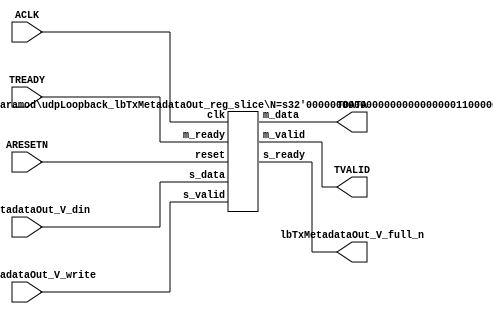
// ==============================================================
// File generated by Vivado(TM) HLS - High-Level Synthesis from C, C++ and SystemC
// Version: 2016.3
// Copyright (C) 1986-2016 Xilinx, Inc. All Rights Reserved.
// 
// ==============================================================


`timescale 1ns/1ps

module udpLoopback_lbTxMetadataOut_if (
    // AXI4-Stream singals
    input  wire        ACLK,
    input  wire        ARESETN,
    output wire        TVALID,
    input  wire        TREADY,
    output wire [95:0] TDATA,
    // User signals
    input  wire [95:0] lbTxMetadataOut_V_din,
    output wire        lbTxMetadataOut_V_full_n,
    input  wire        lbTxMetadataOut_V_write
);
//------------------------Local signal-------------------
// register slice
wire [0:0]  s_valid;
wire [0:0]  s_ready;
wire [95:0] s_data;
wire [0:0]  m_valid;
wire [0:0]  m_ready;
wire [95:0] m_data;

//------------------------Instantiation------------------
// rs
udpLoopback_lbTxMetadataOut_reg_slice #(
    .N       ( 96 )
) rs (
    .clk     ( ACLK ),
    .reset   ( ARESETN ),
    .s_data  ( s_data ),
    .s_valid ( s_valid ),
    .s_ready ( s_ready ),
    .m_data  ( m_data ),
    .m_valid ( m_valid ),
    .m_ready ( m_ready )
);

//------------------------Body---------------------------
// AXI4-Stream
assign TVALID                   = m_valid;
assign TDATA                    = m_data[95:0];
// Register Slice
assign s_valid                  = lbTxMetadataOut_V_write;
assign m_ready                  = TREADY;
assign s_data                   = lbTxMetadataOut_V_din;
// User Signal
assign lbTxMetadataOut_V_full_n = s_ready;

endmodule



`timescale 1ns/1ps

module udpLoopback_lbTxMetadataOut_reg_slice
#(parameter
    N = 8   // data width
) (
    // system signals
    input  wire         clk,
    input  wire         reset,
    // slave side
    input  wire [N-1:0] s_data,
    input  wire         s_valid,
    output wire         s_ready,
    // master side
    output wire [N-1:0] m_data,
    output wire         m_valid,
    input  wire         m_ready
);
//------------------------Parameter----------------------
// state
localparam [1:0]
    ZERO = 2'b10,
    ONE  = 2'b11,
    TWO  = 2'b01;
//------------------------Local signal-------------------
reg  [N-1:0] data_p1;
reg  [N-1:0] data_p2;
wire         load_p1;
wire         load_p2;
wire         load_p1_from_p2;
reg          s_ready_t;
reg  [1:0]   state;
reg  [1:0]   next;
//------------------------Body---------------------------
assign s_ready = s_ready_t;
assign m_data  = data_p1;
assign m_valid = state[0];

assign load_p1 = (state == ZERO && s_valid) ||
                 (state == ONE && s_valid && m_ready) ||
                 (state == TWO && m_ready);
assign load_p2 = s_valid & s_ready;
assign load_p1_from_p2 = (state == TWO);

// data_p1
always @(posedge clk) begin
    if (load_p1) begin
        if (load_p1_from_p2)
            data_p1 <= data_p2;
        else
            data_p1 <= s_data;
    end
end

// data_p2
always @(posedge clk) begin
    if (load_p2) data_p2 <= s_data;
end

// s_ready_t
always @(posedge clk) begin
    if (~reset)
        s_ready_t <= 1'b0;
    else if (state == ZERO)
        s_ready_t <= 1'b1;
    else if (state == ONE && next == TWO)
        s_ready_t <= 1'b0;
    else if (state == TWO && next == ONE)
        s_ready_t <= 1'b1;
end

// state
always @(posedge clk) begin
    if (~reset)
        state <= ZERO;
    else
        state <= next;
end

// next
always @(*) begin
    case (state)
        ZERO:
            if (s_valid & s_ready)
                next = ONE;
            else
                next = ZERO;
        ONE:
            if (~s_valid & m_ready)
                next = ZERO;
            else if (s_valid & ~m_ready)
                next = TWO;
            else
                next = ONE;
        TWO:
            if (m_ready)
                next = ONE;
            else
                next = TWO;
        default:
            next = ZERO;
    endcase
end

endmodule